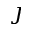
\jmath